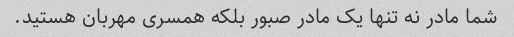
شما مادر نه تنها یک مادر صبور بلکه همسری مهربان هستید.